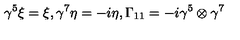
\gamma ^ { 5 } \xi = \xi , \gamma ^ { 7 } \eta = - i \eta , \Gamma _ { 1 1 } = - i \gamma ^ { 5 } \otimes \gamma ^ { 7 }